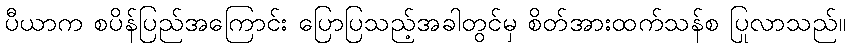
ပီယာက စပိန်ပြည်အကြောင်း ပြောပြသည့်အခါတွင်မှ စိတ်အားထက်သန်စ ပြုလာသည်။